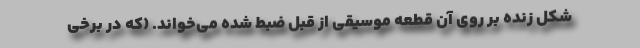
شکل زنده بر روی آن قطعه موسیقی از قبل ضبط شده می‌خواند. (که در برخی